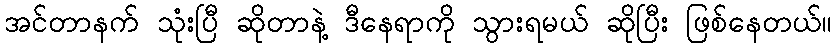
အင်တာနက် သုံးပြီ ဆိုတာနဲ့ ဒီနေရာကို သွားရမယ် ဆိုပြီး ဖြစ်နေတယ်။